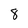
Character: 8